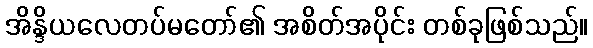
အိန္ဒိယလေတပ်မတော်၏ အစိတ်အပိုင်း တစ်ခုဖြစ်သည်။